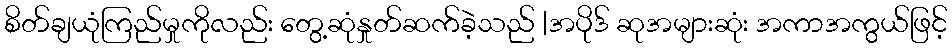
စိတ်ချယုံကြည်မှုကိုလည်း တွေ့ဆုံနှုတ်ဆက်ခဲ့သည် |အပိုဒ် ဆုအများဆုံး အကာအကွယ်ဖြင့်